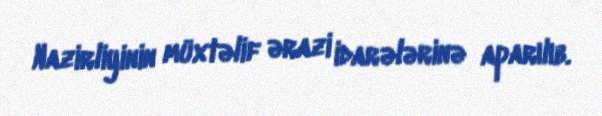
Nazirliyinin müxtəlif ərazi idarələrinə aparılıb.